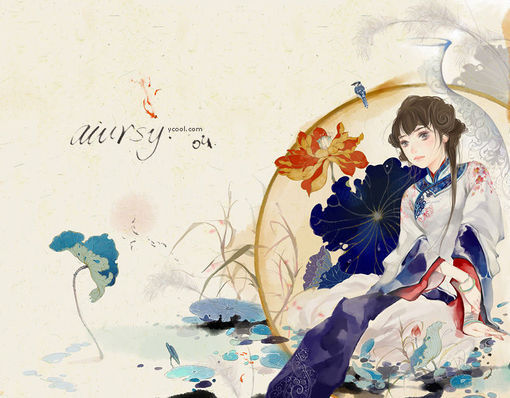
夜雨滴空阶，孤馆梦回，情绪萧索。